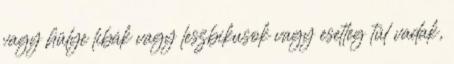
vagy hülye libák vagy leszbikusok vagy esetleg túl vadak,